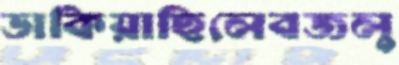
ডাকিয়াছিলেবজলু